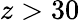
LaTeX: z>30